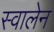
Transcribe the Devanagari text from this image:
स्वालेन